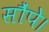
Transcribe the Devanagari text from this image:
सौंपे।